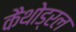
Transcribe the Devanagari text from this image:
कैथोड्रल